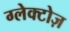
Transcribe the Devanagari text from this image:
ग्लेक्टोज़